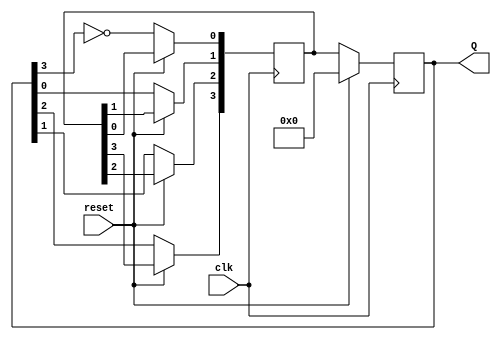
module johnson_counter (
    input clk,
    input reset,
    output reg [3:0] Q
);

reg [3:0] next_Q;

always @ (posedge clk) begin
    if (reset) begin
        Q <= 4'b0000;
    end else begin
        next_Q[0] <= ~Q[3];
        next_Q[1] <= Q[0];
        next_Q[2] <= Q[1];
        next_Q[3] <= Q[2];
        
        Q <= next_Q;
    end
end

endmodule